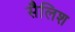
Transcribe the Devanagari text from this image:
सैलिश